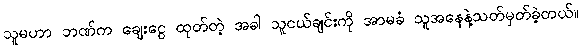
သူမဟာ ဘဏ်က ချေးငွေ ထုတ်တဲ့ အခါ သူငယ်ချင်းကို အာမခံ သူအနေနဲ့သတ်မှတ်ခဲ့တယ်။